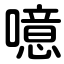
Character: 噫